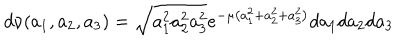
d \nu ( a _ { 1 } , a _ { 2 } , a _ { 3 } ) = \sqrt { a _ { 1 } ^ { 2 } a _ { 2 } ^ { 2 } a _ { 3 } ^ { 2 } } e ^ { - \mu \left( a _ { 1 } ^ { 2 } + a _ { 2 } ^ { 2 } + a _ { 3 } ^ { 2 } \right) } d a _ { 1 } d a _ { 2 } d a _ { 3 }